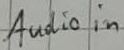
Text: Audio in